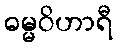
ဓမ္မဝိဟာရီ